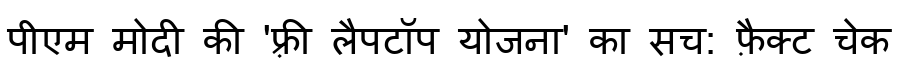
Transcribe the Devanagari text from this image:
पीएम मोदी की 'फ़्री लैपटॉप योजना' का सच: फ़ैक्ट चेक